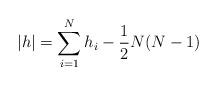
LaTeX: \begin{align*}|h| = \sum_{i=1}^N h_i - \frac{1}{2}N(N-1)\end{align*}